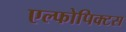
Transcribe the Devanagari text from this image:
एल्फोपिक्टस